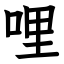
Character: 哩